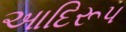
આદિરૂપ